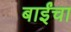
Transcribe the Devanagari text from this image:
बाईंचा